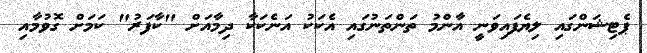
ޕެޓިޝަންގައި ލިޔެފައިވަނީ އާންމު ތަންތަނުގައި އެކަކު އަނެކަކާ ދިމާއަށް "ކާފަރު" ކަމަށް ގޮވުމާއި